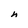
Character: h